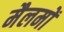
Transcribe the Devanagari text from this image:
मैलमों